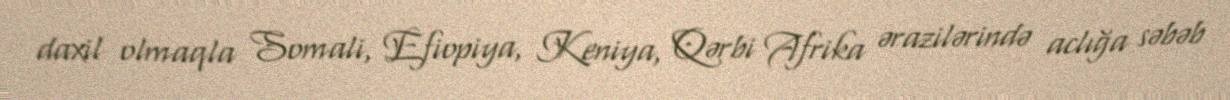
daxil olmaqla Somali, Efiopiya, Keniya, Qərbi Afrika ərazilərində aclığa səbəb